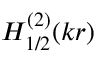
H _ { 1 / 2 } ^ { ( 2 ) } ( k r )